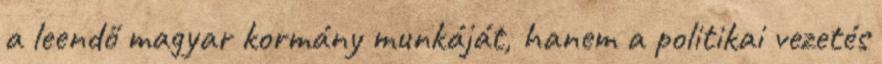
a leendő magyar kormány munkáját, hanem a politikai vezetés